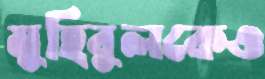
মুহিবুলকেও